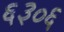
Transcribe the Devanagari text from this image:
६३०६